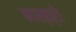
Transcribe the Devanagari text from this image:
नास्त्रो